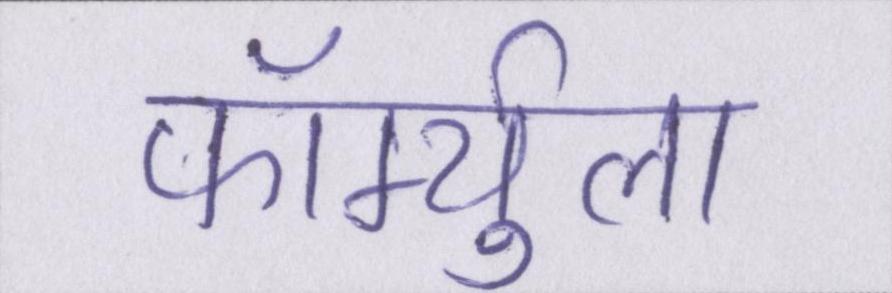
फॉर्म्युला